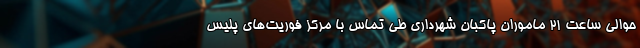
حوالی ساعت ۲۱ ماموران پاکبان شهرداری طی تماس با مرکز فوریت‌‌های پلیس